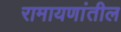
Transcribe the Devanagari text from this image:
रामायणांतील